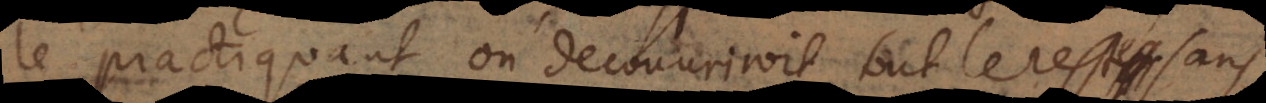
practiquant on decouvriroit tout le reste sans